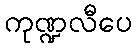
ကုဏ္ဍလီပေ